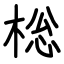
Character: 棇